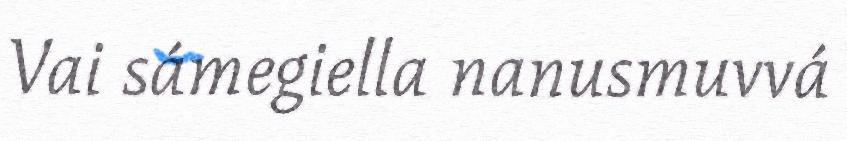
Vai sámegiella nanusmuvvá